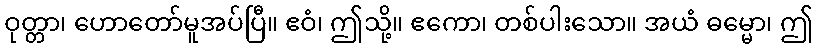
ဝုတ္တာ၊ ဟောတော်မူအပ်ပြီ။ ဧဝံ၊ ဤသို့။ ဧကော၊ တစ်ပါးသော။ အယံ ဓမ္မော၊ ဤ